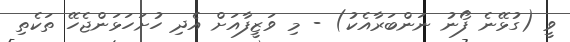
ވީ (ގުޅޭނެ ފޯނު ނަންބަރާއެކު) - މި ވަޒީފާއަށް އެދި ހުށަހަޅަންޖެހޭ ތަކެތި